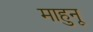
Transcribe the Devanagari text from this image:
माहुनू